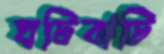
ঘটিবাটি